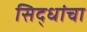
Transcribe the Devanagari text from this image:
सिद्धांचा